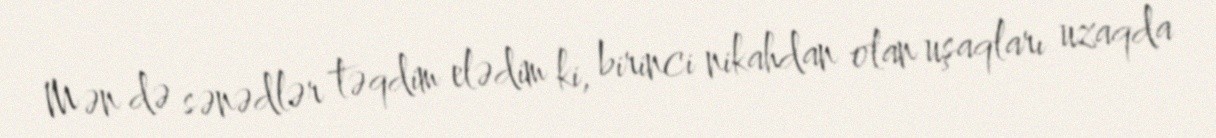
Mən də sənədlər təqdim elədim ki, birinci nikahdan olan uşaqları uzaqda